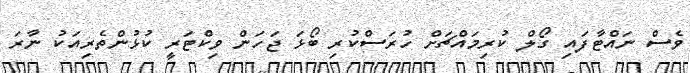
ވެސް ނައްޓާފައި ގޯލް ކުރިމައްޗަށް ހުރަސްކުރި ބޯޅަ ޖަހަން ވިކްޓަރީ ކުޅުންތެރިއަކު ނާރަ